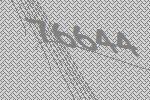
76644